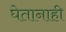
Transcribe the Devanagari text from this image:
घेतानाही